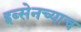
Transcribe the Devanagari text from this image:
इब्सेनच्याच